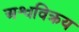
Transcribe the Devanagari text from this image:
अश्वविक्रय